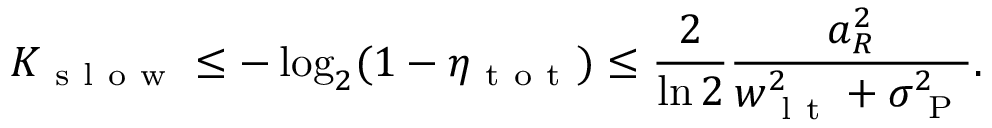
K _ { \mathrm { ~ s ~ l ~ o ~ w ~ } } \leq - \log _ { 2 } ( 1 - \eta _ { \mathrm { ~ t ~ o ~ t ~ } } ) \leq \frac { 2 } { \ln 2 } \frac { a _ { R } ^ { 2 } } { w _ { \mathrm { ~ l ~ t ~ } } ^ { 2 } + \sigma _ { \mathrm { ~ P ~ } } ^ { 2 } } .